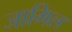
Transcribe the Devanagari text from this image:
जामिल